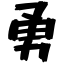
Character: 勇